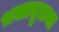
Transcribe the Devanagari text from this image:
भक्ततुलना